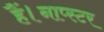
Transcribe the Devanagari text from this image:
हैं।नाप्स्टर